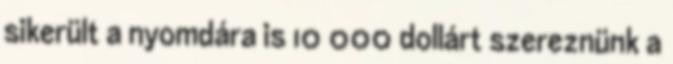
sikerült a nyomdára is 10 000 dollárt szereznünk a